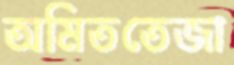
অমিততেজা